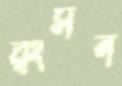
রংসন